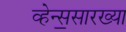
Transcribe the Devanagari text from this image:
व्हेन्स॒सारख्या